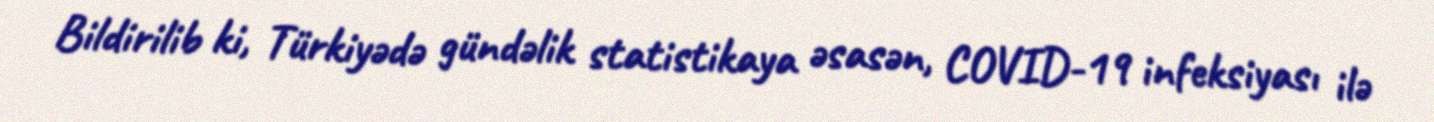
Bildirilib ki, Türkiyədə gündəlik statistikaya əsasən, COVID-19 infeksiyası ilə